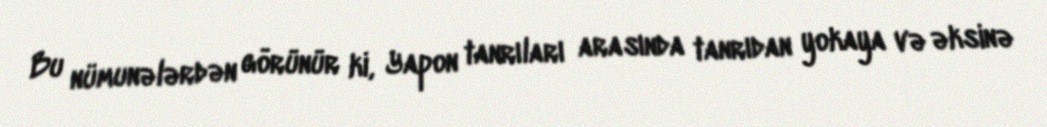
Bu nümunələrdən görünür ki, Yapon tanrıları arasında tanrıdan yokaya və əksinə